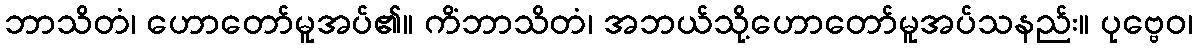
ဘာသိတံ၊ ဟောတော်မူအပ်၏။ ကိံဘာသိတံ၊ အဘယ်သို့ဟောတော်မူအပ်သနည်း။ ပုဗ္ဗေဝ၊